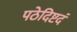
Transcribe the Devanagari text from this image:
पठेदिष्टदं